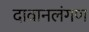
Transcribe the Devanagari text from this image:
दावानलंगण